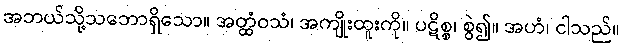
အဘယ်သို့သဘောရှိသော။ အတ္ထံဝသံ၊ အကျိုးထူးကို။ ပဋိစ္စ၊ စွဲ၍။ အဟံ၊ ငါသည်။